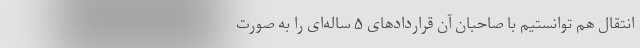
انتقال هم توانستیم با صاحبان آن قرارداد‌های ۵ ساله‌ای را به صورت